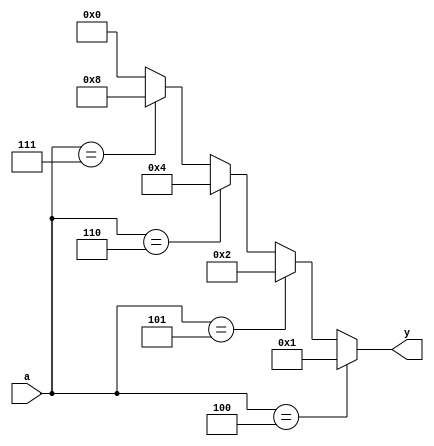
module decoder2to4(a,y);
    input [2:0]a;// [2:0] is 3 bits, using MSB as enable bit here
    output reg [3:0]y;

    always @(a)
        if (a==3'b100)
            y=4'b0001;
        else if (a==3'b101)
            y=4'b0010;
        else if (a==3'b110)
            y=4'b0100;
        else if (a==3'b111)
            y=4'b1000;
        else
            y=4'b0000;


endmodule